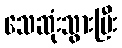
သေဆုံးသွားပြီး